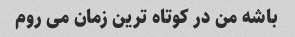
باشه من در کوتاه ترین زمان می روم